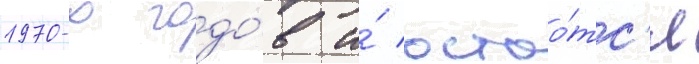
1970-х годо́в и́ остао́тс'я